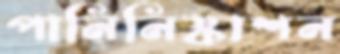
পানিনিষ্কাশন